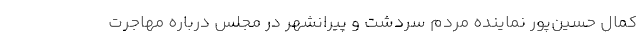
کمال حسین‌پور نماینده مردم سردشت و پیرانشهر در مجلس درباره مهاجرت